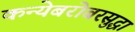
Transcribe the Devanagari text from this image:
कन्येबरोबरसुद्धा